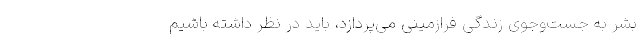
بشر به جست‌وجوی زندگی فرازمینی می‌پردازد، باید در نظر داشته باشیم